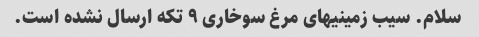
سلام. سیب زمینیهای مرغ سوخاری ۹ تکه ارسال نشده است.